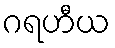
ဂရဟီယ